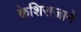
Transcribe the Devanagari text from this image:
केशिराजाने